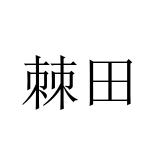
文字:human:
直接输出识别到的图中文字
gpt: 棘田